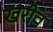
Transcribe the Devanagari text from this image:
खरीव